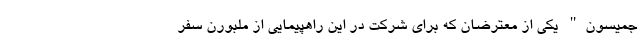
جمیسون" یکی از معترضان که برای شرکت در این راهپیمایی از ملبورن سفر